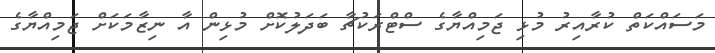
މަސައްކަތް ކުރާއިރު މުޅި ޖަމިއްޔާގެ ސްޓްރަކުޗާ ބަދަލުކޮށް މުޅިން އާ ނިޒާމަކަށް ޖަމިއްޔާގެ